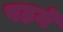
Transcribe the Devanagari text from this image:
पढ़नें